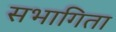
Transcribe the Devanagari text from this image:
सभागिता